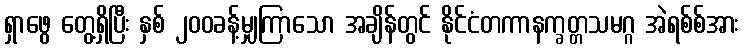
ရှာဖွေ တွေ့ရှိပြီး နှစ် ၂၀၀ခန့်မျှကြာသော အချိန်တွင် နိုင်ငံတကာနက္ခတ္တသမဂ္ဂ အဲရစ်စ်အား